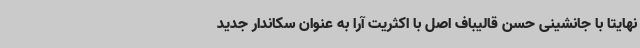
نهایتا با جانشینی حسن قالیباف اصل با اکثریت آرا به عنوان سکاندار جدید